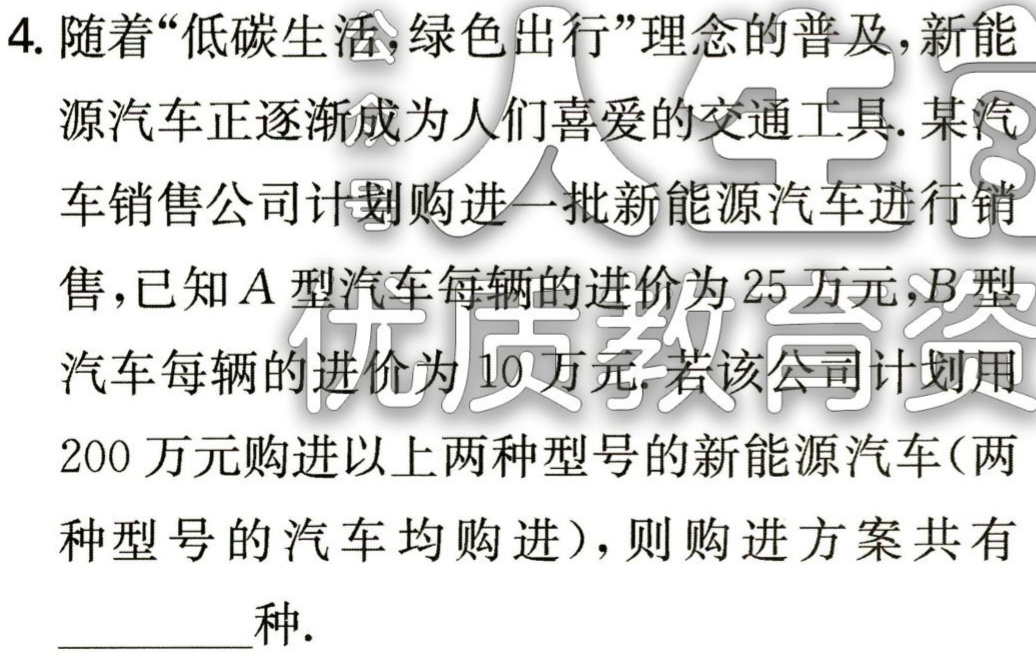
4. 随着“低碳生活，绿色出行”理念的普及，新能源汽车正逐渐成为人们喜爱的交通工具. 某汽车销售公司计划购进一批新能源汽车进行销售，已知\(A\)型汽车每辆的进价为\(25\)万元，\(B\)型汽车每辆的进价为\(10\)万元. 若该公司计划用\(200\)万元购进以上两种型号的新能源汽车（两种型号的汽车均购进），则购进方案共有__________种.